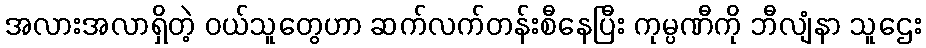
အလားအလာရှိတဲ့ ဝယ်သူတွေဟာ ဆက်လက်တန်းစီနေပြီး ကုမ္ပဏီကို ဘီလျံနာ သူဌေး